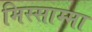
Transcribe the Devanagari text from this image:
मिस्साम्मा